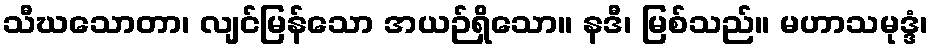
သီဃသောတာ၊ လျင်မြန်သော အယဉ်ရှိသော။ နဒီ၊ မြစ်သည်။ မဟာသမုဒ္ဒံ၊